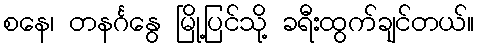
စနေ၊ တနင်္ဂနွေ မြို့ပြင်သို့ ခရီးထွက်ချင်တယ်။